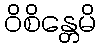
ဝိစိန္တေမိ